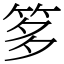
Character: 𥭋